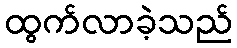
ထွက်လာခဲ့သည်